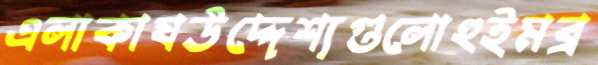
এলাকাযউদ্দেশ্যগুলোহুইমব্র